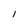
Character: I